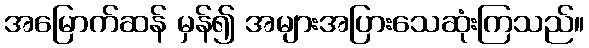
အမြောက်ဆန် မှန်၍ အများအပြားသေဆုံးကြသည်။